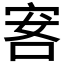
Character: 𰇭